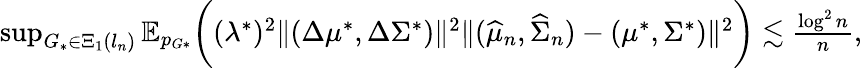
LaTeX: \begin{array}{r}{\operatorname*{sup}_{G_{*}\in\Xi_{1}(l_{n})}\mathbb{E}_{p_{G*}}\biggr((\lambda^{*})^{2}\| (\Delta\mu^{*},\Delta\Sigma^{*})\| ^{2}\| (\widehat{\mu}_{n},\widehat{\Sigma}_{n})-(\mu^{*},\Sigma^{*})\| ^{2}\biggr)\lesssim\frac{\log^{2}n}{n},}\end{array}